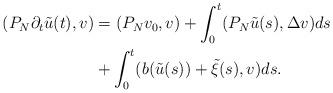
LaTeX: \begin{align*}(P_N\partial_t \tilde u (t),v)&=(P_Nv_0,v)+\int_0^t (P_N \tilde u (s), \Delta v)ds \\&+\int_0^t (b( \tilde u (s))+\tilde \xi(s), v)ds.\end{align*}